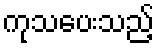
ကုသပေးသည့်